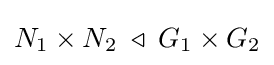
N_{1}\times N_{2}\;\triangleleft \;G_{1}\times G_{2}